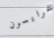
غرايسون